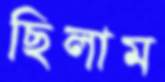
ছিলাম